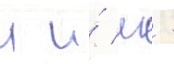
л и́ лв -